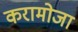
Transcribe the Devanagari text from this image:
करामोजा